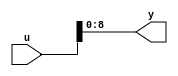
module velocityControlHdl_MATLAB_Function_block
          (
           u,
           y
          );
  input   [17:0] u;  
  output  [8:0] y;  
  assign y = u[8:0];
endmodule